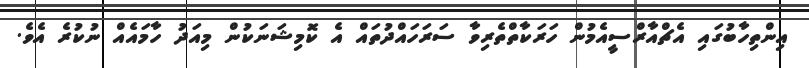
އިންތިހާބުގައި އެޗްއާރްސީއެމުން ހަރަކާތްތެރިވާ ސަރަހައްދުތައް އެ ކޮމިޝަނަކުން މިއަދު ހާމައެއް ނުކުރެ އެވެ.